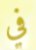
في